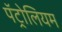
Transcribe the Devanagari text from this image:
पॅट्रोलियम